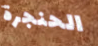
الحنجرة